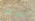
أشاركك